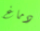
دماغ